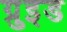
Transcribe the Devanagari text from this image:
ग्रुइड